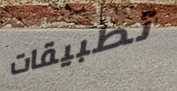
تطبيقات